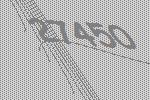
27450